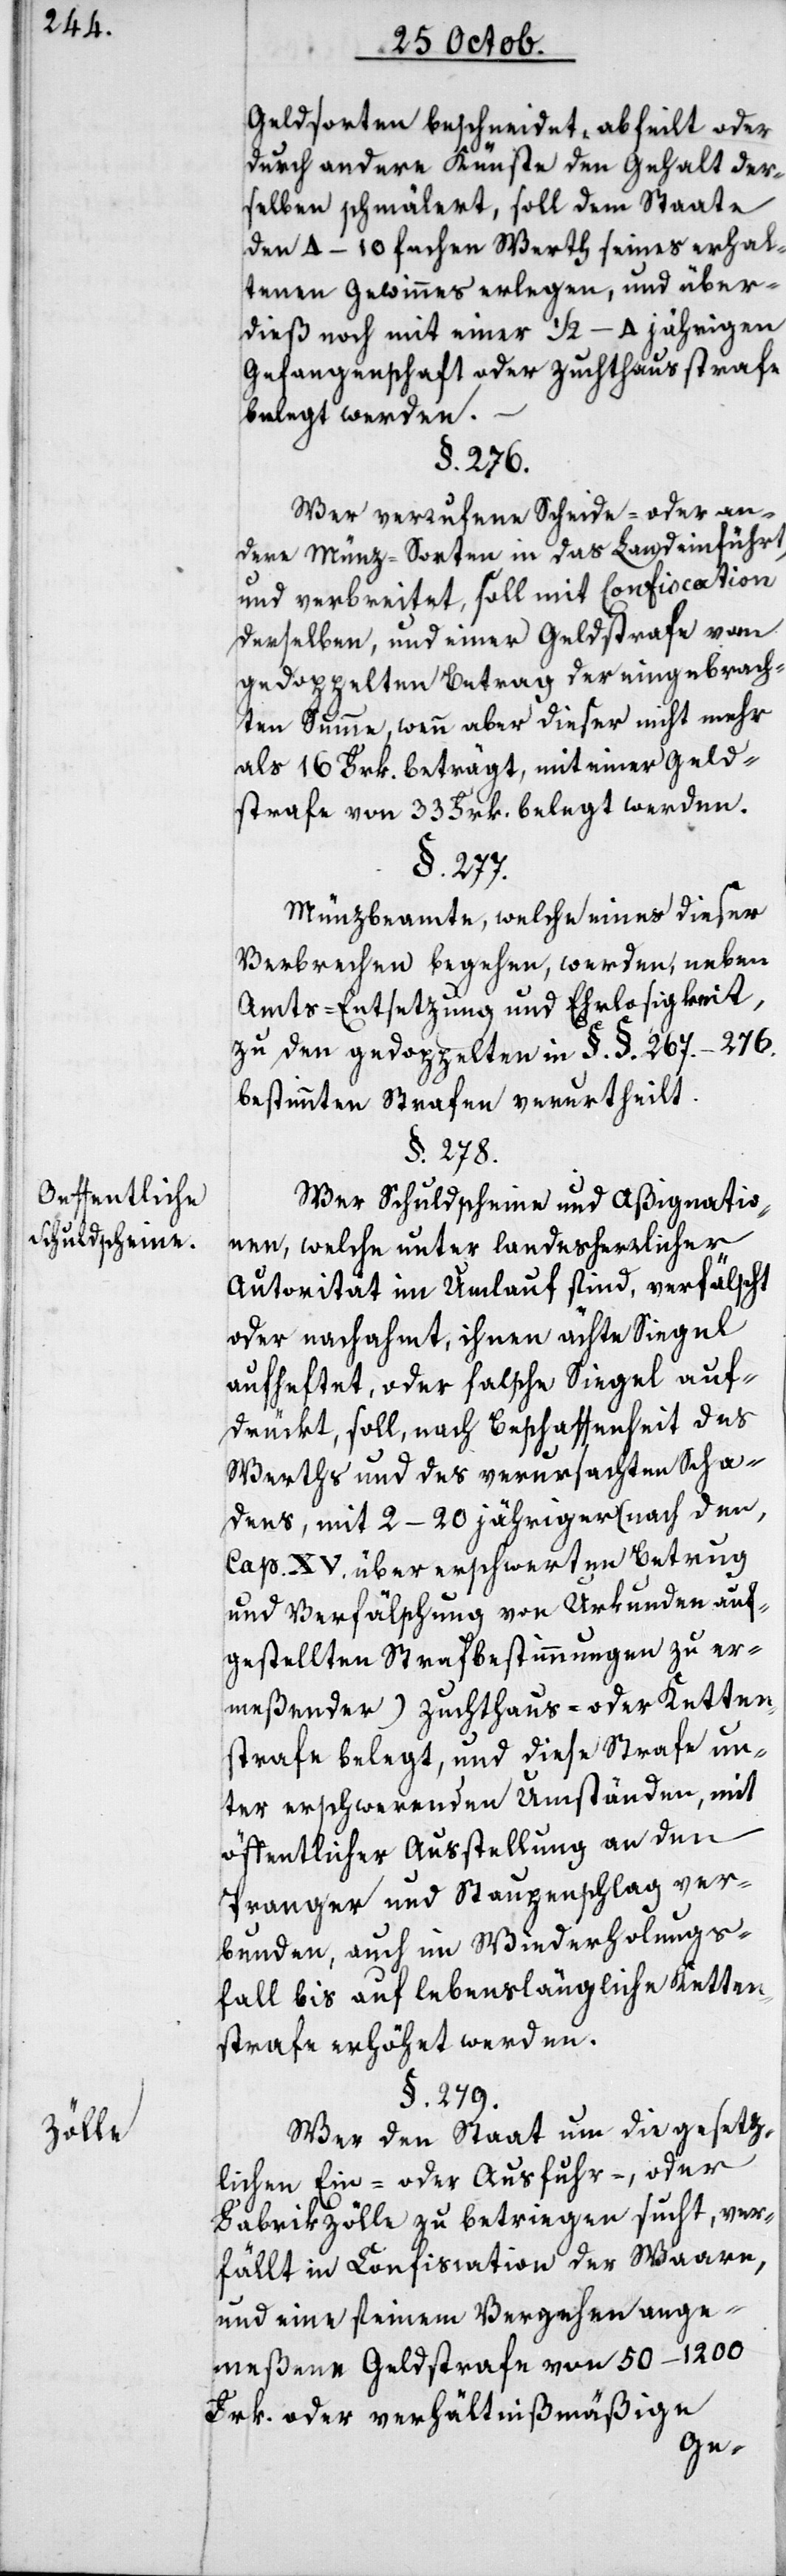
Oeffentliche
Schuldscheine.
Zölle.

Geldsorten beschneidet, abfeilt oder
durch andere Künste den Gehalt der¬
selben schmälert, soll dem Staate
den 4–10fachen Werth seines erhal¬
tenen Gewinnes erlegen, und über¬
dies noch mit einer ½–4 jährigen
Gefangenschaft oder Zuchthausstrafe
belegt werden.
§. 276.
Wer verrufene Scheide- oder an¬
dere Münz-Sorten in das Land einführt
und verbreitet, soll mit Confiscation
derselben und einer Geldstrafe von
gedoppeltem Betrag der eingebrach¬
ten Summe, wenn aber dieser nicht mehr
als 16 Frk. beträgt, mit einer Geld¬
strafe von 33 Frk. belegt werden.
§. 277.
Münzbeamte, welche eines dieser
Verbrechen begehen, werden neben
Amts-Entsetzung und Ehrlosigkeit,
zu den gedoppelten in §. §. 267.–276.
bestimmten Strafen verurtheilt.
§. 278.
Wer Schuldscheine und Aßignatio¬
nen, welche unter landesherrlicher
Autorität im Umlauf sind, verfälscht
oder nachahmt, ihnen echte Siegel
aufheftet oder falsche Siegel auf¬
drückt, soll, nach Beschaffenheit des
Werths und des verursachten Scha¬
dens, mit 2–20 jähriger (nach den,
Cap. XV. über erschwerten Betrug
und Verfälschung von Urkunden auf¬
gestellten Strafbestimmungen zu er¬
meßender) Zuchthaus – oder Ketten¬
strafe belegt, und diese Strafe un¬
ter erschwerenden Umständen mit
öffentlicher Ausstellung an den
Pranger und Staupenschlag ver¬
bunden, auch im Wiederholungs¬
fall bis auf lebenslängliche Ketten¬
strafe erhöhet werden.
§. 279.
Wer den Staat um die gesetz¬
lichen Ein- oder Ausfuhr-, oder
Fabrikzölle zu betriegen sucht, ver¬
fällt in Confiscation der Waaren,
und eine seinem Vergehen ange¬
meßene Geldstrafe von 50–1200
Frk., oder verhältnißmäßige